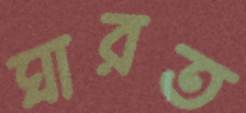
ঘারত